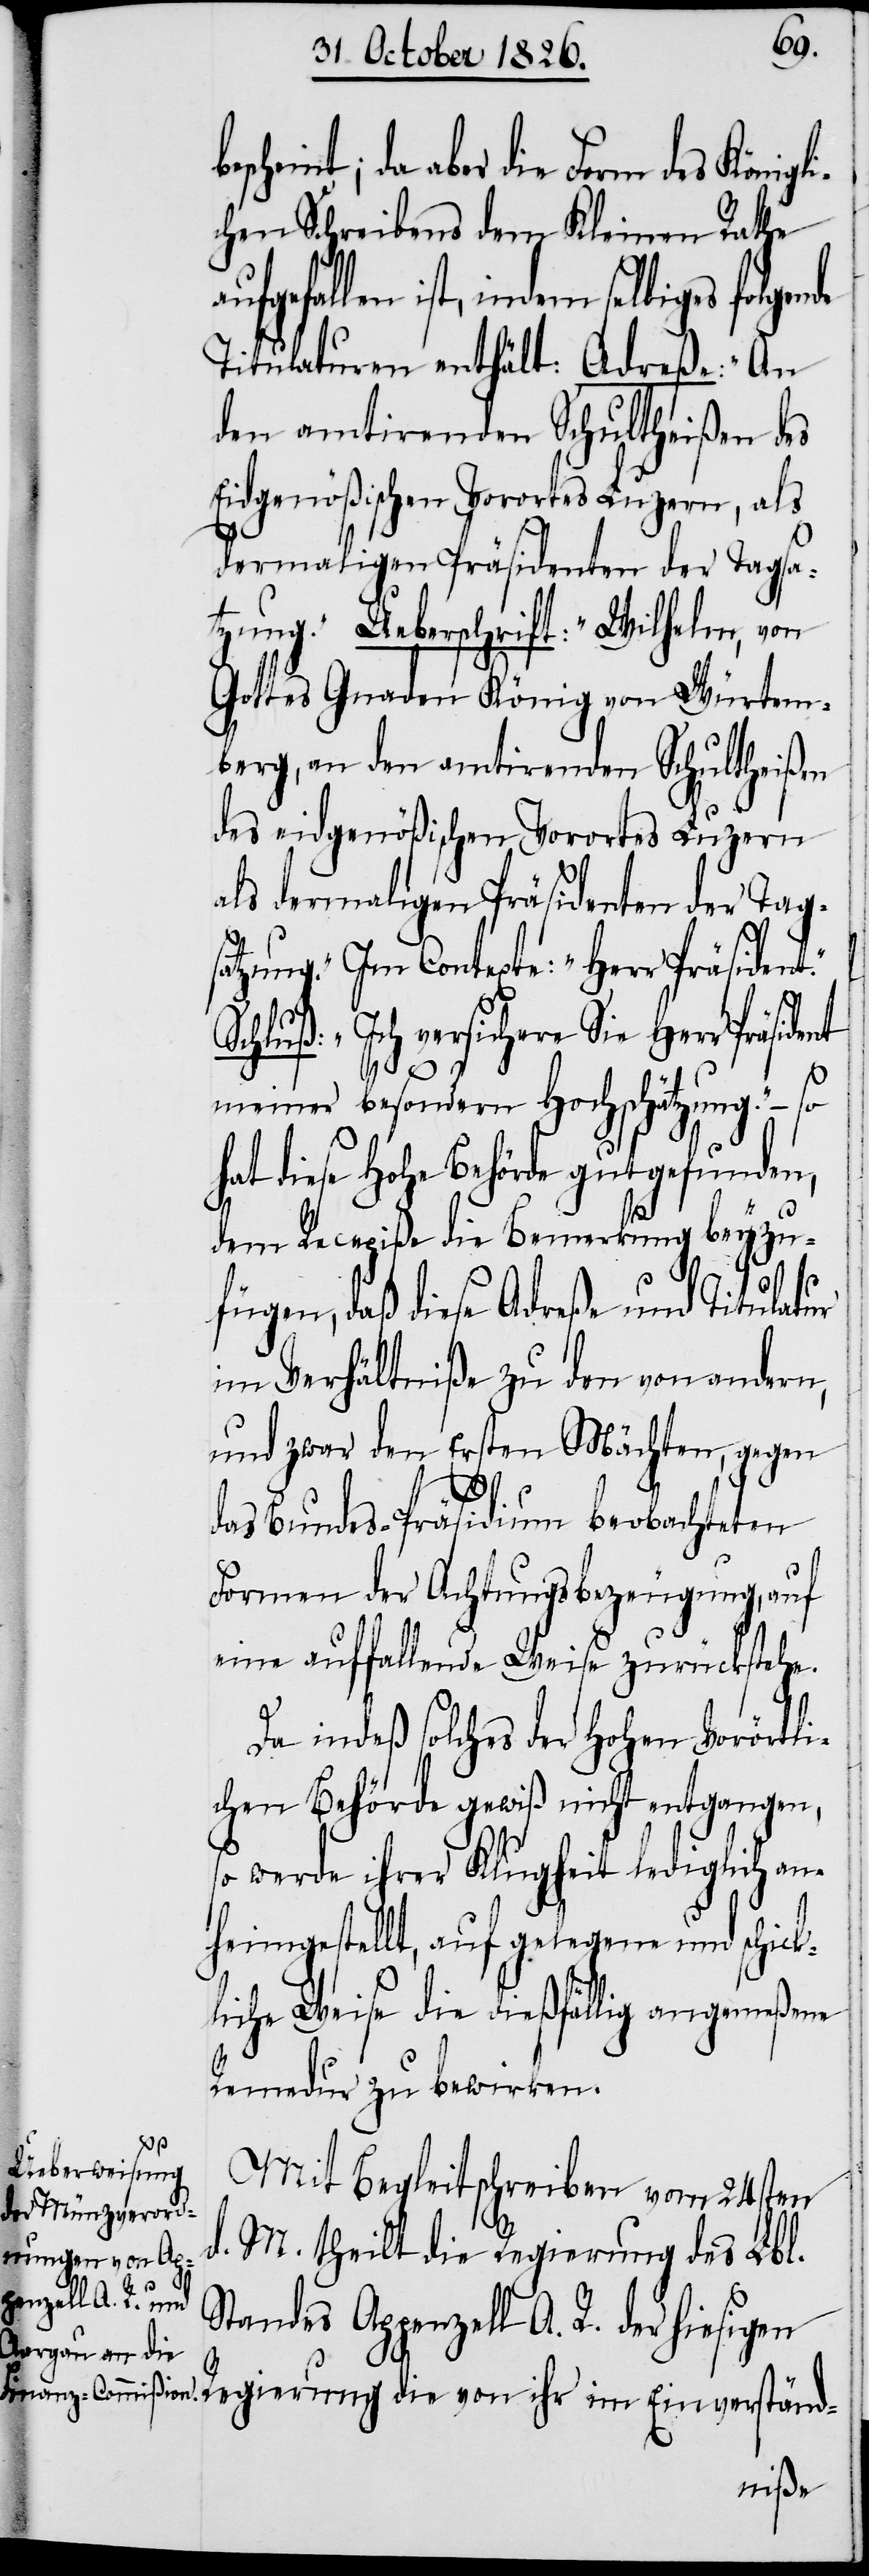
bes¬
cheint; da aber die Form des Königl¬
ichen Schreibens dem Kleinen Rathe
die von ihr im Einverständ-
Titulaturen enthält: Adreße: „An
den amtirenden Schultheißen des
Eidgenößischen Vorortes Luzern, als
dermaligen Präsidenten der Tagsa¬
tzung.“ Ueberschrift: „Wilhelm, von
Gottes Gnaden König von Würtem¬
berg, an den amtirenden Schultheißen
des eidgenößischen Vorortes Luzern
als dermaligen Präsidenten der Tag¬
satzung.“ Im Contexte: „Herr Präsident.“
Schluß: „Ich versichere Sie Herr Präside¬
nt
meiner besondern Hochschätzung.“ –
hat die hohe Behörde gut gefunden,
dem Recepiße die Bemerkung beyzu¬
fügen, daß diese Adreße und Titulatur
im Verhältniße zu den von andern,
und zwar den Ersten Mächten, gegen
das Bundes-Präsidium beobachteten
Formen der Achtungsbezeugung, auf
eine auffallende Weise zurückstehe.
Da indeß solches der hohen Vorörtli¬
chen Behörde gewiß nicht entgangen,
so werde ihrer Klugheit lediglich an¬
heimgestellt, auf gelegene und schick¬
liche Weise die dießfällig angemeßene
Remedur zu bewirken.
auf¬
Mit Begleitschreiben vom 24sten
d. M. theilt die Regierung des Lbl.
Standes Appenzell A. R. der hiesigen